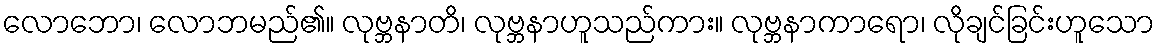
လောဘော၊ လောဘမည်၏။ လုဗ္ဘနာတိ၊ လုဗ္ဘနာဟူသည်ကား။ လုဗ္ဘနာကာရော၊ လိုချင်ခြင်းဟူသော